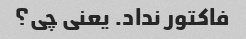
فاکتور نداد. یعنی چی؟